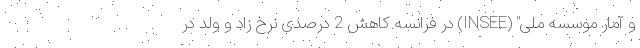
و آمار موسسه ملی" (INSEE) در فرانسه کاهش 2 درصدی نرخ زاد و ولد در